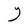
Character: Y